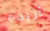
أريده